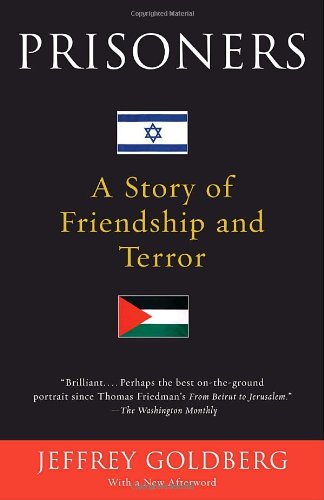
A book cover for Prisoners: A Story of Friendship and Terror; Jeffrey Goldberg; Biographies & Memoirs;